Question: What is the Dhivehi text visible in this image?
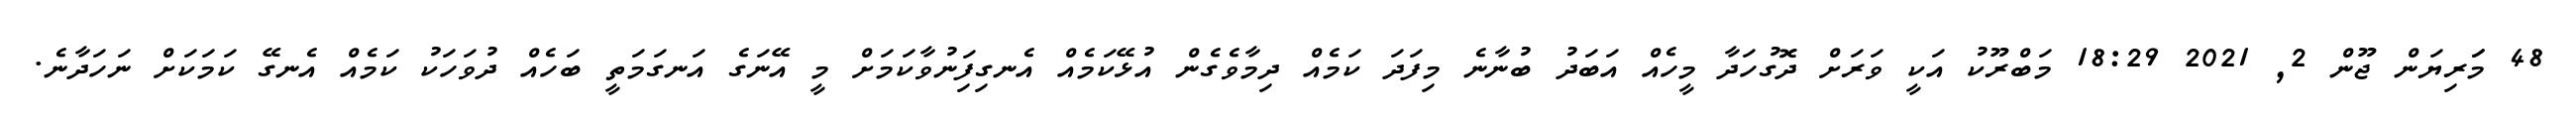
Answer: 48 މަަރިޔަން ޖޫން 2, 2021 18:29 މަބްރޫކު އަކީ ވަރަށް ދޮގުހަދާ މީހެއް އަބަދު ބުނާނެ މިފަދަ ކަމެއް ދިމާވެގެން އުޅޭކަމެއް އެނގިފަިނުވާކަމަށް މީ އޭނަގެ އަނގަމަތީ ބަހެއް ދުވަހަކު ކަމެއް އެނގޭ ކަމަކަށް ނަހަދާނެ.